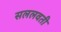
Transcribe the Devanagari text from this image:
सललवती